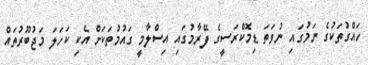
ހައްގުތަކުގެ ނަމުގައި ނުވަތަ ޑިމޮކްރަސީގެ ފޭރާމުގައި އިސްލާމީ ގައުމުތަކަށް އެކި ކަހަލަ މަޖުބޫރުތައް